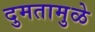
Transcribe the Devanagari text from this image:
दुमतामुळे